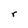
Character: r